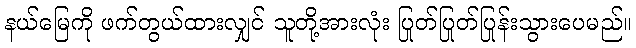
နယ်မြေကို ဖက်တွယ်ထားလျှင် သူတို့အားလုံး ပြုတ်ပြုတ်ပြုန်းသွားပေမည်။